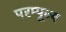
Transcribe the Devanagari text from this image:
परम्पूज्य